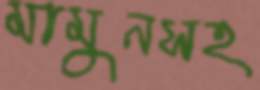
মামুনসহ